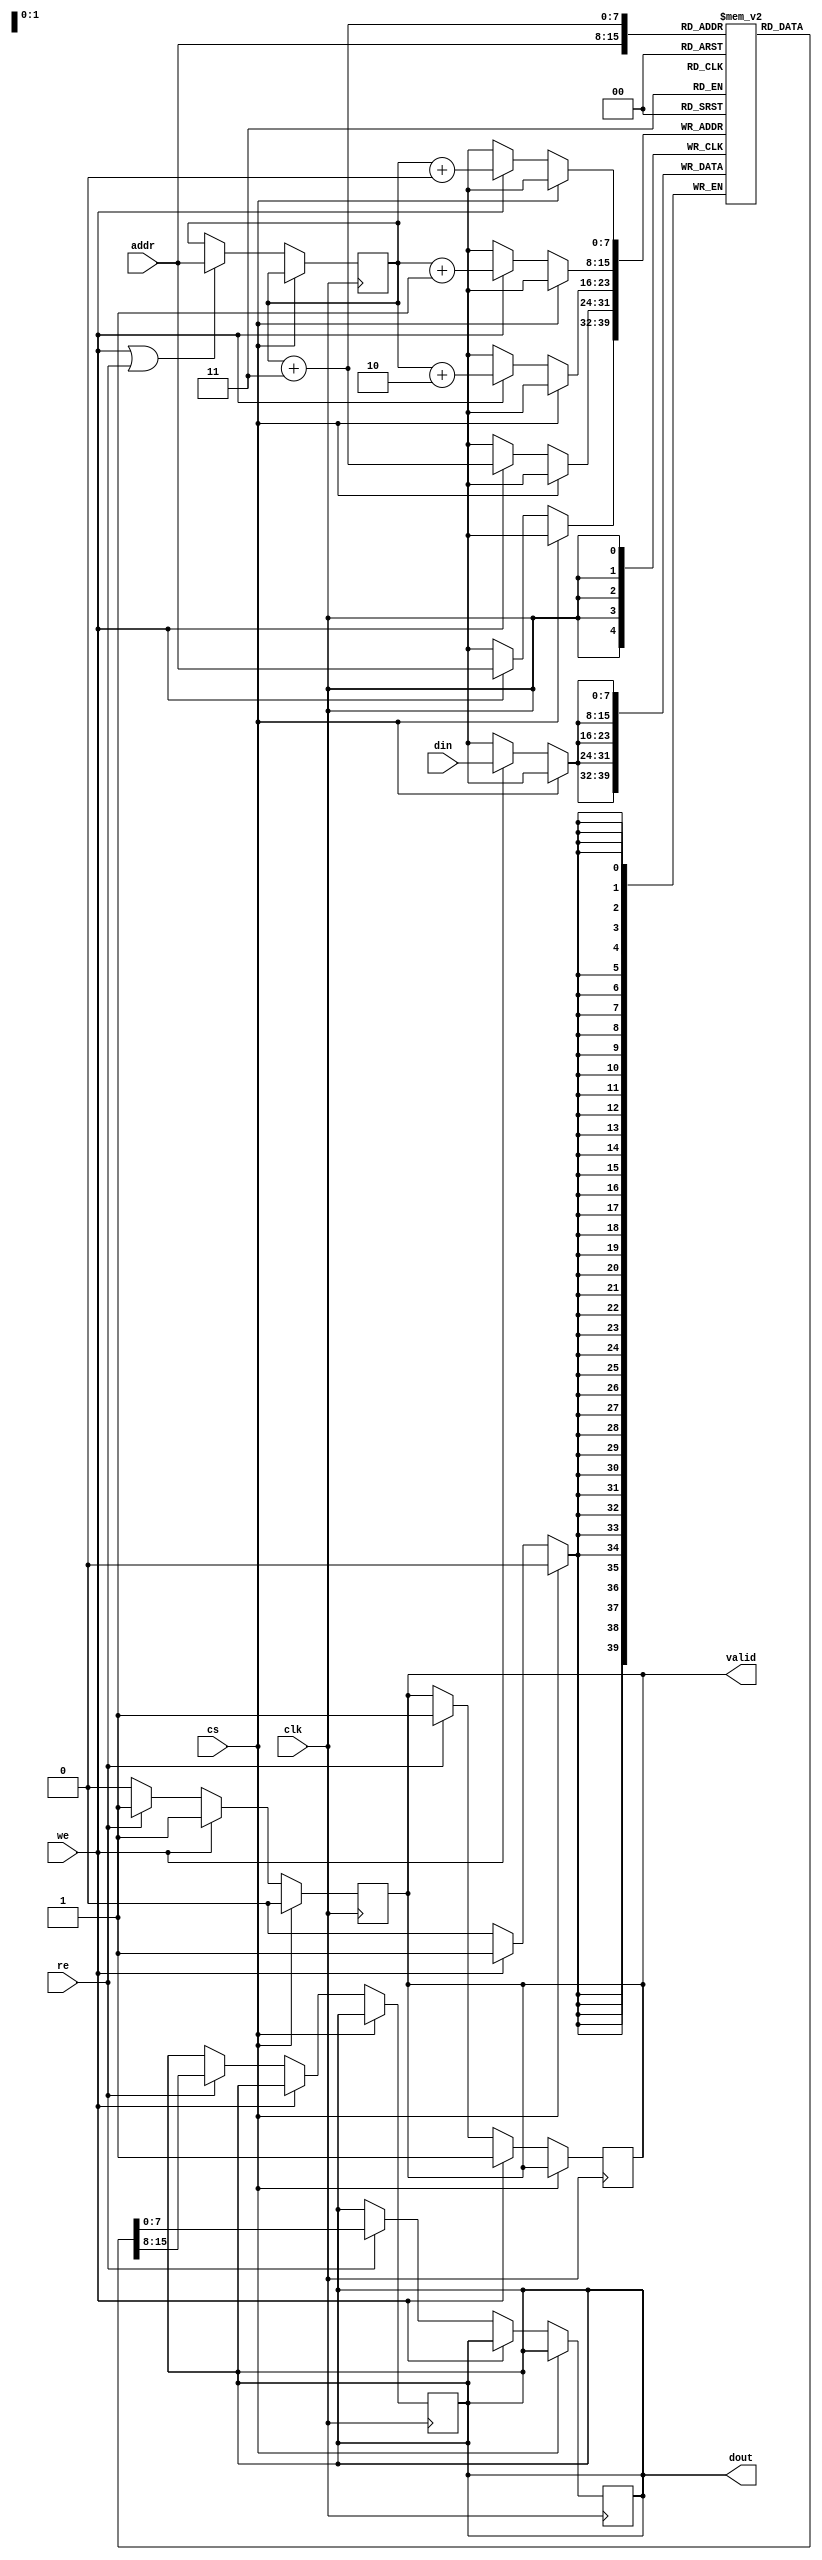
module BurstSRAM #(
    parameter ADDR_WIDTH = 8, // Address width for 256x256 bits
    parameter DATA_WIDTH = 8,  // Data width (8, 16, or 32 bits)
    parameter BURST_LENGTH = 4  // Configurable burst length
)(
    input wire clk,
    input wire cs,       // Chip Select
    input wire re,       // Read Enable
    input wire we,       // Write Enable
    input wire [ADDR_WIDTH-1:0] addr, // Address input
    input wire [DATA_WIDTH-1:0] din,   // Data input
    output reg [DATA_WIDTH-1:0] dout,   // Data output
    output reg valid     // Valid output signal
);

    // Memory array declaration
    reg [DATA_WIDTH-1:0] memory [0:255]; // 256 x DATA_WIDTH bits

    // Internal signals for burst operations
    reg [ADDR_WIDTH-1:0] burst_addr;
    reg [3:0] burst_counter;

    // Read and Write operations
    always @(posedge clk) begin
        if (!cs) begin // Chip is selected
            if (we) begin // Write operation
                memory[addr] <= din; // Write data to memory
                valid <= 1'b1; // Indicate valid write
            end else if (re) begin // Read operation
                dout <= memory[addr]; // Read data from memory
                valid <= 1'b1; // Indicate valid read
            end else begin
                valid <= 1'b0; // No valid operation
            end
        end else begin
            valid <= 1'b0; // Chip not selected
        end
    end

    // Burst Read/Write Logic
    always @(posedge clk) begin
        if (!cs) begin // Chip is selected
            if (we || re) begin
                burst_counter <= 0; // Reset burst counter
                burst_addr <= addr; // Start address for burst
            end

            if (we) begin
                // Burst Write
                for (burst_counter = 0; burst_counter < BURST_LENGTH; burst_counter = burst_counter + 1) begin
                    memory[burst_addr + burst_counter] <= din; // Write data to burst addresses
                end
                valid <= 1'b1; // Indicate valid burst write
            end else if (re) begin
                // Burst Read
                for (burst_counter = 0; burst_counter < BURST_LENGTH; burst_counter = burst_counter + 1) begin
                    dout <= memory[burst_addr + burst_counter]; // Read data from burst addresses
                end
                valid <= 1'b1; // Indicate valid burst read
            end
        end
    end

endmodule